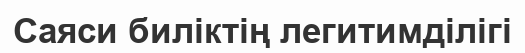
Саяси биліктің легитимділігі